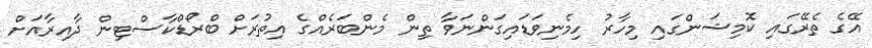
އޭގެ ތެރޭގައި ކޮމިޝަންގައި މިހާރު ހިމެނިވަޑައިގަންނަވާ ތިން މެންބަރެއްގެ އިތުރަށް ބްރޯޑްކާސްޓިން ދާއިރާއަށް